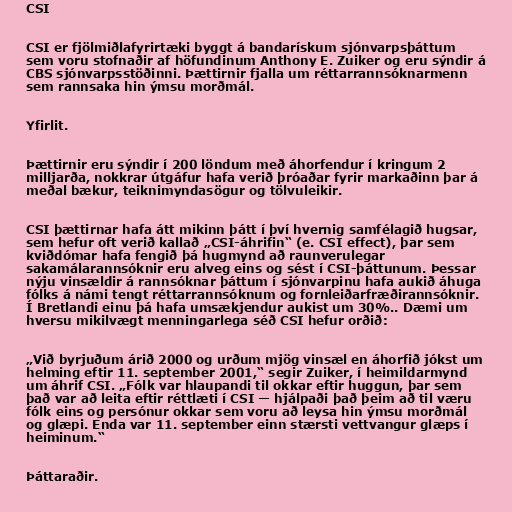
CSI

CSI er fjölmiðlafyrirtæki byggt á bandarískum sjónvarpsþáttum
sem voru stofnaðir af höfundinum Anthony E. Zuiker og eru sýndir á
CBS sjónvarpsstöðinni. Þættirnir fjalla um réttarrannsóknarmenn
sem rannsaka hin ýmsu morðmál.

Yfirlit.

Þættirnir eru sýndir í 200 löndum með áhorfendur í kringum 2
milljarða, nokkrar útgáfur hafa verið þróaðar fyrir markaðinn þar á
meðal bækur, teiknimyndasögur og tölvuleikir.

CSI þættirnar hafa átt mikinn þátt í því hvernig samfélagið hugsar,
sem hefur oft verið kallað „CSI-áhrifin“ (e. CSI effect), þar sem
kviðdómar hafa fengið þá hugmynd að raunverulegar
sakamálarannsóknir eru alveg eins og sést í CSI-þáttunum. Þessar
nýju vinsældir á rannsóknar þáttum í sjónvarpinu hafa aukið áhuga
fólks á námi tengt réttarrannsóknum og fornleiðarfræðirannsóknir.
Í Bretlandi einu þá hafa umsækjendur aukist um 30%.. Dæmi um
hversu mikilvægt menningarlega séð CSI hefur orðið:

„Við byrjuðum árið 2000 og urðum mjög vinsæl en áhorfið jókst um
helming eftir 11. september 2001,“ segir Zuiker, í heimildarmynd
um áhrif CSI. „Fólk var hlaupandi til okkar eftir huggun, þar sem
það var að leita eftir réttlæti í CSI — hjálpaði það þeim að til væru
fólk eins og persónur okkar sem voru að leysa hin ýmsu morðmál
og glæpi. Enda var 11. september einn stærsti vettvangur glæps í
heiminum.“

Þáttaraðir.